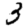
Digit: 3